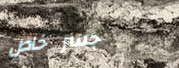
جسر خاص